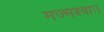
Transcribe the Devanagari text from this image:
मज्मश्वाः।